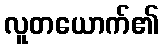
လူတယောက်၏